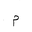
Letter: _mim